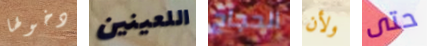
دخولها اللعينين الحجاج ولأن حتى